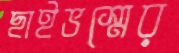
ছাইভস্মের